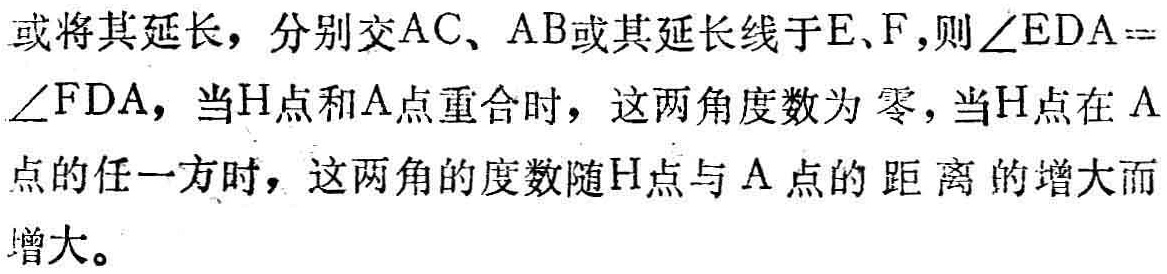
或将其延长，分别交AC、AB或其延长线于E、F，则\(\angle EDA = \angle FDA\)，当H点和A点重合时，这两角度数为零，当H点在A点的任一方时，这两角的度数随H点与A点的距离的增大而增大。